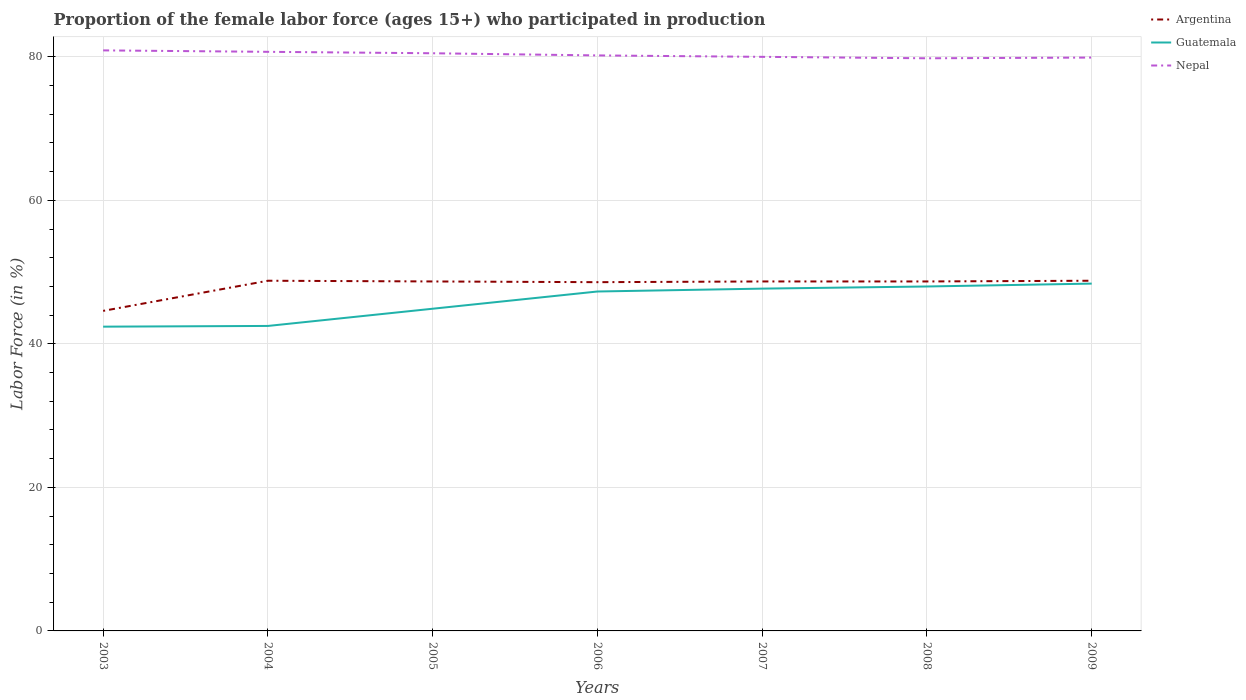
| Years | Argentina | Guatemala | Nepal |
 | --- | --- | --- | --- |
 | 2003 | 44.6 | 42.4 | 80.9 |
 | 2004 | 48.8 | 42.5 | 80.7 |
 | 2005 | 48.7 | 44.9 | 80.5 |
 | 2006 | 48.6 | 47.3 | 80.2 |
 | 2007 | 48.7 | 47.7 | 80 |
 | 2008 | 48.7 | 48 | 79.8 |
 | 2009 | 48.8 | 48.4 | 79.9 |